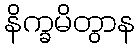
နိက္ခမိတွာန